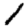
Digit: 1